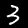
Label: 3